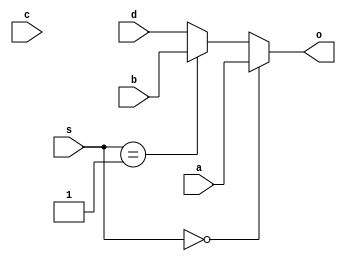
	module mux1 (a, b, c, d, s, o);
	input        a,b,c,d;
	input  [1:0] s;
	output       o;
	reg  o;
	always @(a or b or c or d or s)
	begin
	   if (s == 00)
	      o = a;
	   else if (s == 01)
	      o = b;
	   else if (s == 10)
	      o = c;
	   else
	      o = d;
	end
        endmodule